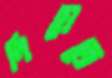
নিয়েতে